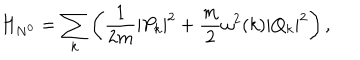
H _ { N ^ { 0 } } = \sum _ { k } \left( \displaystyle \frac { 1 } { 2 m } | P _ { k } | ^ { 2 } + \frac { m } { 2 } \omega ^ { 2 } ( k ) | Q _ { k } | ^ { 2 } \right) ,